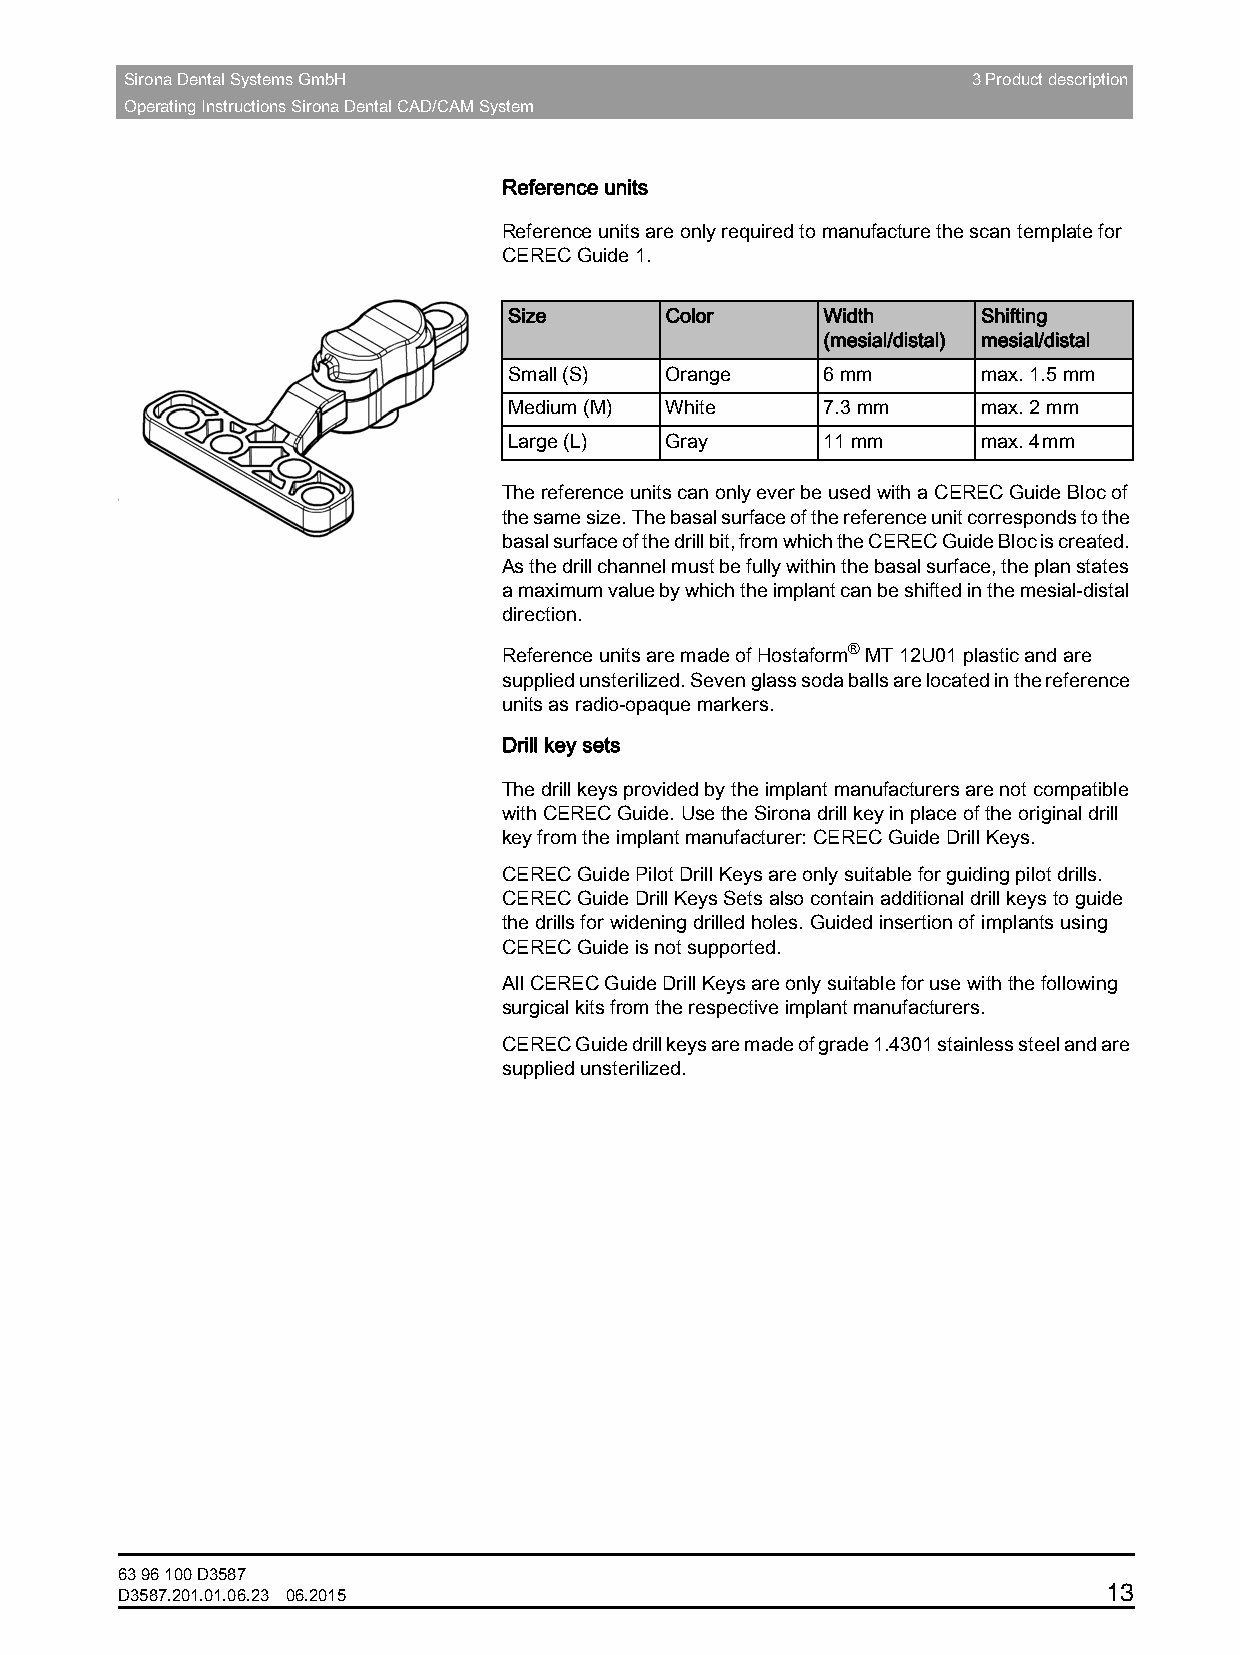
Sirona Dental Systems GmbH                              3 Product description
 Operating Instructions Sirona Dental CAD/CAM System
 Reference units
 Reference units are only required to manufacture the scan template for
 CEREC Guide 1.
 Size      Color      Width     Shifting
 (mesial/distal) mesial/distal
 Small (S) Orange     6 mm      max. 1.5mm
 Medium (M) White     7.3mm     max. 2mm
 Large (L) Gray       11mm      max. 4mm
 The reference units can only ever be used with a CEREC Guide Bloc of
 the same size. The basal surface of the reference unit corresponds to the
 basal surface of the drill bit, from which the CEREC Guide Bloc is created.
 As the drill channel must be fully within the basal surface, the plan states
 a maximum value by which the implant can be shifted in the mesial-distal
 direction.
 Reference units are made of Hostaform® MT 12U01 plastic and are
 supplied unsterilized. Seven glass soda balls are located in the reference
 units as radio-opaque markers.
 DDrill keyrill key sets
 The drill keys provided by the implant manufacturers are not compatible
 with CEREC Guide. Use the Sirona drill key in place of the original drill
 key from the implant manufacturer: CERECGuide DrillKeys.
 CEREC Guide Pilot Drill Keys are only suitable for guiding pilot drills.
 CEREC Guide Drill Keys Sets also contain additional drill keys to guide
 the drills for widening drilled holes. Guided insertion of implants using
 CEREC Guide is not supported.
 All CEREC Guide Drill Keys are only suitable for use with the following
 surgical kits from the respective implant manufacturers.
 CEREC Guide drill keys are made of grade 1.4301 stainless steel and are
 supplied unsterilized.
 63 96 100 D3587
 13
 D3587.201.01.06.23 06.2015